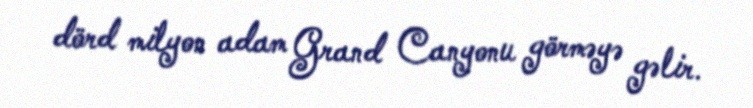
dörd milyon adam Grand Canyonu görməyə gəlir.